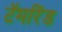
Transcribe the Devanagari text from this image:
टॅमरिंड